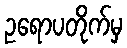
ဥရောပတိုက်မှ